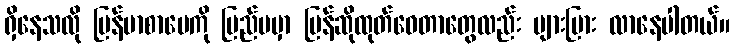
ရှိနေသလို မြန်မာစာပေကို ပြည်ပမှာ ပြန်ဆိုထုတ်ဝေတာတွေလည်း များပြား လာနေပါတယ်။